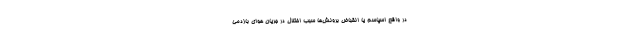
در واقع اسپاسم یا انقباض برونش‌ها سبب اختلال در جریان هوای بازدمی